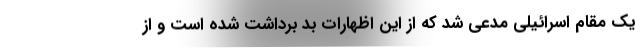
یک مقام اسرائیلی مدعی شد که از این اظهارات بد برداشت شده است و از